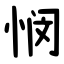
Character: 悯